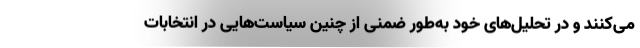
می‌کنند و در تحلیل‌های خود به‌طور ضمنی از چنین سیاست‌هایی در انتخابات